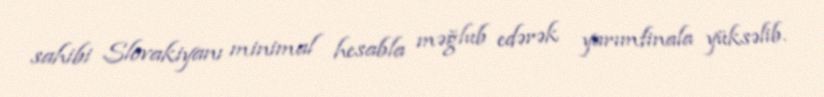
sahibi Slovakiyanı minimal hesabla məğlub edərək yarımfinala yüksəlib.